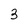
Character: 3